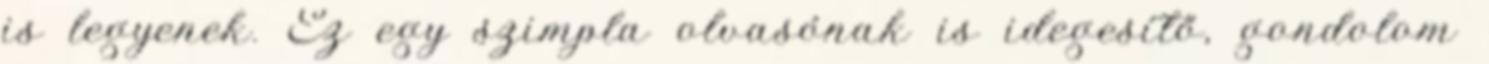
is legyenek. Ez egy szimpla olvasónak is idegesí­tő, gondolom